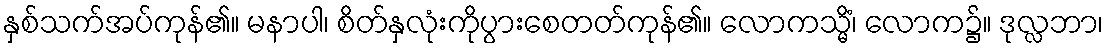
နှစ်သက်အပ်ကုန်၏။ မနာပါ၊ စိတ်နှလုံးကိုပွားစေတတ်ကုန်၏။ လောကသ္မိံ၊ လောက၌။ ဒုလ္လဘာ၊